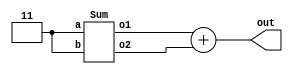
/* Generated by Yosys 0.9+2406 (git sha1 a66200ed, clang 10.0.0 -fPIC -Os) */

module FinalValTest(out);
  wire [3:0] \%out_0 ;
  wire [2:0] lg_0;
  wire [2:0] lg_1;
  wire [1:0] lg_2;
  output [3:0] out;
  assign \%out_0  = lg_1 + lg_0;
  Sum lg_subgraph9 (
    .a(lg_2),
    .b(lg_2),
    .o1(lg_1),
    .o2(lg_0)
  );
  assign lg_2 = 2'h3;
  assign out = \%out_0 ;
endmodule
/* Generated by Yosys 0.9+2406 (git sha1 a66200ed, clang 10.0.0 -fPIC -Os) */

module Sum(a, b, o1, o2);
  wire [2:0] \%o1_0 ;
  wire [2:0] ___F4_0;
  input [1:0] a;
  input [1:0] b;
  wire lg_0;
  wire [2:0] lg_3;
  output [2:0] o1;
  output [2:0] o2;
  assign \%o1_0  = a + b;
  assign lg_3 = a + b;
  assign ___F4_0 = lg_0 + lg_3;
  assign lg_0 = 1'h1;
  assign o2 = ___F4_0;
  assign o1 = \%o1_0 ;
endmodule